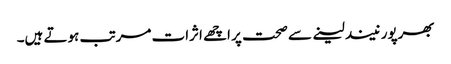
بھرپور نیند لینے سے صحت پر اچھے اثرات مرتب ہوتے ہیں۔